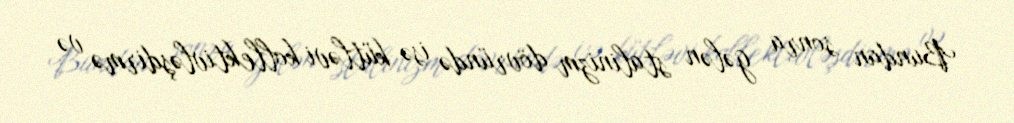
Bundan sonra gələn stalinizm dövründə isə kütləvi kollektivləşdirmə və